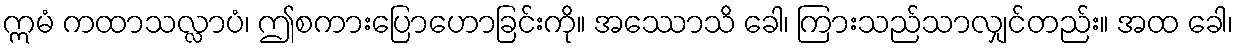
ဣမံ ကထာသလ္လာပံ၊ ဤစကားပြောဟောခြင်းကို။ အဿောသိ ခေါ၊ ကြားသည်သာလျှင်တည်း။ အထ ခေါ၊